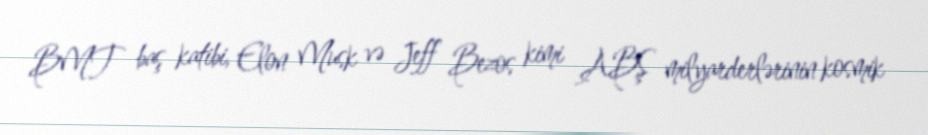
BMT baş katibi, Elon Musk və Jeff Bezos kimi ABŞ milyarderlərinin kosmik